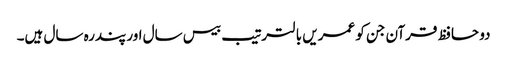
دو حافظ قرآن جن کو عمریں با لترتیب بیس سال اور پندرہ سال ہیں۔